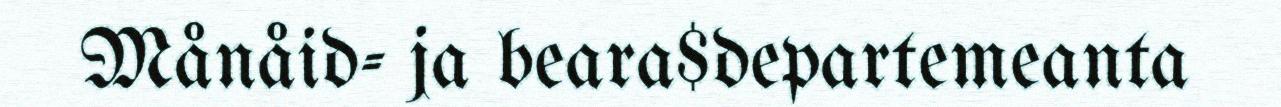
Månåid- ja beara$departemeanta